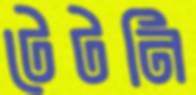
টেটনি